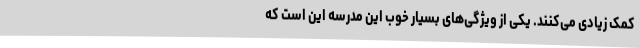
کمک زیادی می‌کنند. یکی از ویژگی‌های بسیار خوب این مدرسه این است که